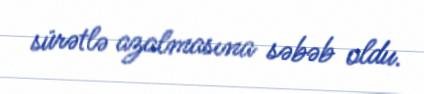
sürətlə azalmasına səbəb oldu.